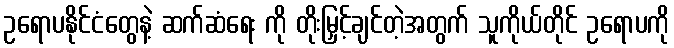
ဥရောပနိုင်ငံတွေနဲ့ ဆက်ဆံရေး ကို တိုးမြှင့်ချင်တဲ့အတွက် သူကိုယ်တိုင် ဥရောပကို